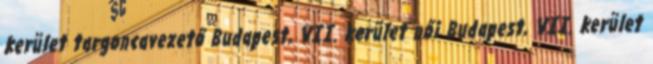
kerület targoncavezető Budapest, VII. kerület női Budapest, VII. kerület